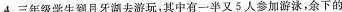
4.三年级学生到月牙湖去游玩，其中有一半又5人参加游泳，余下的